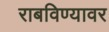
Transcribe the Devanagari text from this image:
राबविण्यावर